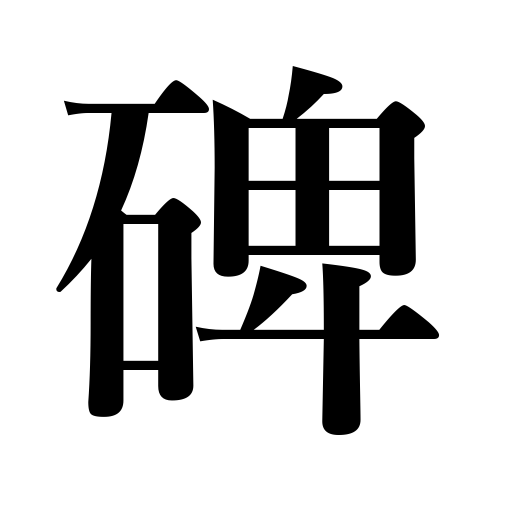
Meanings: monument,tombstone